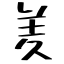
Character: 羑